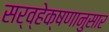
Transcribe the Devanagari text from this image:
सर्व्हेक्षणानुसार